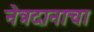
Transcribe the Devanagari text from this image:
नेत्रदानाचा